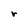
Character: r